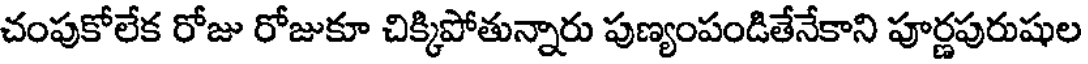
చంపుకోలేక రోజు రోజుకూ చిక్కిపోతున్నారు పుణ్యంపండితేనేకాని పూర్ణపురుషుల